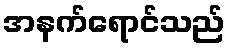
အနက်ရောင်သည်